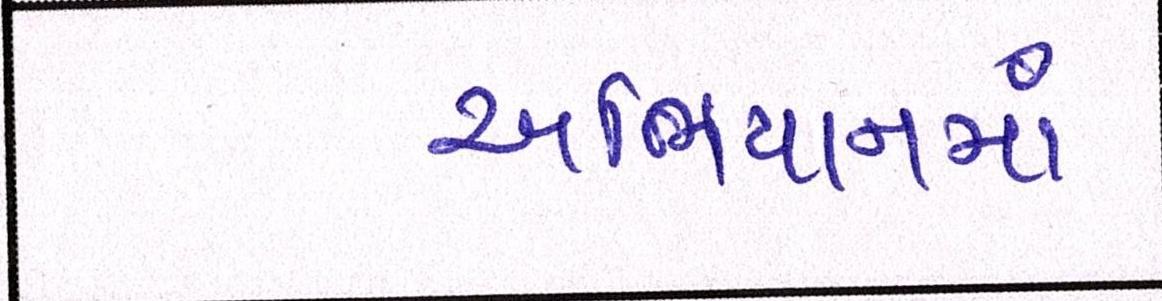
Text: અભિયાનમાં